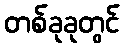
တစ်ခုခုတွင်